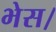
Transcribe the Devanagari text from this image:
भेस।